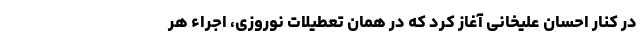
در کنار احسان علیخانی آغاز کرد که در همان تعطیلات نوروزی، اجراء هر